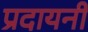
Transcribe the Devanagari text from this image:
प्रदायनी